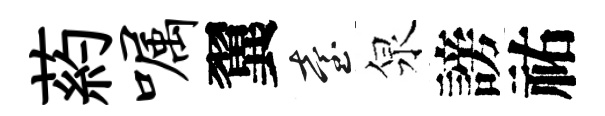
葯嘱翼臺泉謗祐